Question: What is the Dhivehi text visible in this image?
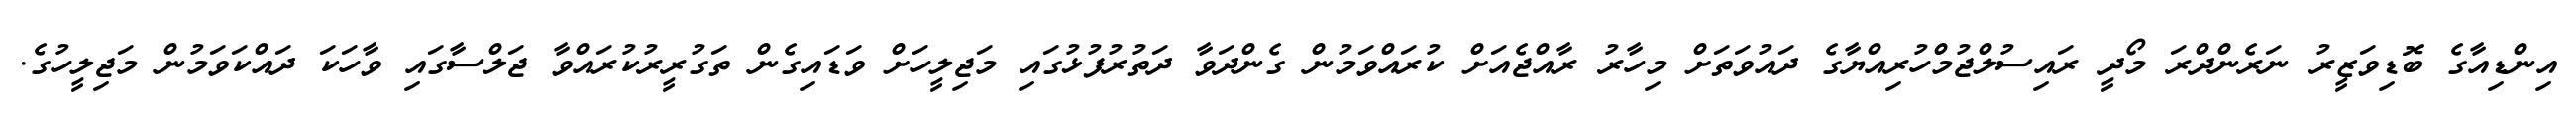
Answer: އިންޑިއާގެ ބޮޑިވަޒީރު ނަރެންދްރަ މޯދީ ރައިސުލްޖުމްހުރިއްޔާގެ ދައުވަތަށް މިހާރު ރާއްޖެއަށް ކުރައްވަމުން ގެންދަވާ ދަތުރުފުޅުގައި މަޖިލީހަށް ވަޑައިގެން ތަގުރީރުކުރައްވާ ޖަލްސާގައި ވާހަކަ ދައްކަވަމުން މަޖިލީހުގެ.